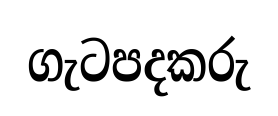
ගැටපදකරු